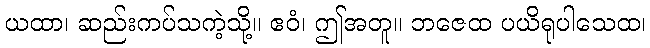
ယထာ၊ ဆည်းကပ်သကဲ့သို့။ ဧဝံ၊ ဤအတူ။ ဘဇေထ ပယိရုပါသေထ၊